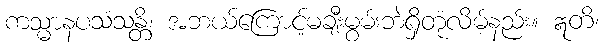
ကသ္မာနပသံသန္တိ၊ အဘယ်ကြောင့်မချီးမွမ်းဘဲရှိတုံလိမ့်နည်း။ ဣတိ၊